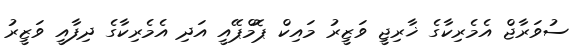
ސުވަރާޖް އެމެރިކާގެ ޚާރިޖީ ވަޒީރު މައިކް ޕޮމްޕޭއީ އަދި އެމެރިކާގެ ދިފާއީ ވަޒީރު